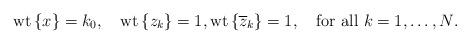
LaTeX: \begin{align*}\mbox{wt}\left\{ x\right\}=k_{0},\quad \mbox{wt}\left\{z_{k}\right\}=1,\mbox{wt}\left\{\overline{z}_{k}\right\}=1,\quad\mbox{for all $k=1,\dots, N$.}\end{align*}